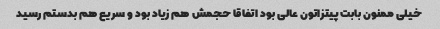
خیلی ممنون بابت پیتزاتون عالی بود اتفاقا حجمش هم زیاد بود و سریع هم بدستم رسید